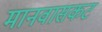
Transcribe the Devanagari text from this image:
मानवासकट